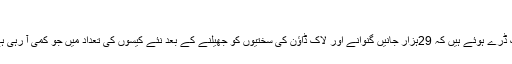
‘
قوانین میں اس نرمی سے کئی لوگ ڈرے ہوئے ہیں کہ 29ہزار جانیں گنوانے اور لاک ڈاؤن کی سختیوں کو جھیلنے کے بعد نئے کیسوں کی تعداد میں جو کمی آ رہی ہے، کہیں وہ پھر سے نہ بڑھ جائیں۔